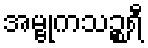
အမ္ဗုကသဉ္စရီ